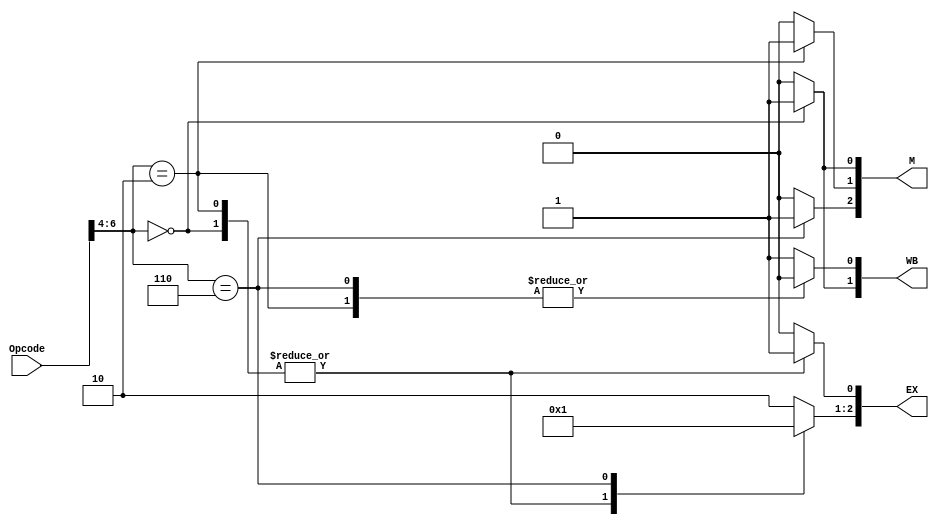
module Control_Unit
(
	input [6:0] Opcode,
	
	output reg [2:0] EX,
	output reg [2:0] M,	
	output reg [1:0] WB
);

reg ALUSrc;
reg MemtoReg;
reg RegWrite;
reg MemRead;
reg MemWrite;
reg Branch;
reg [1:0] ALUOp;

	always@(*)
	begin
		case (Opcode[6:4])
		3'b011:	//R-type
		begin
			{ALUSrc, MemtoReg, RegWrite, MemRead, MemWrite, Branch, ALUOp} = 8'b00100010;
		end
		3'b000:	//i-type (id)
		begin
			{ALUSrc, MemtoReg, RegWrite, MemRead, MemWrite, Branch, ALUOp} = 8'b11110000;
		end
		3'b010:	//s-type (sd)
		begin
			{ALUSrc, MemtoReg, RegWrite, MemRead, MemWrite, Branch, ALUOp} = 8'b10001000;
		end
		3'b110:	//sb-type (beq)
		begin
			{ALUSrc, MemtoReg, RegWrite, MemRead, MemWrite, Branch, ALUOp} = 8'b00000101;
		end
		endcase
		EX = {ALUOp, ALUSrc};
		M = {Branch, MemWrite, MemRead};
		WB = {MemtoReg, RegWrite};
	end

endmodule